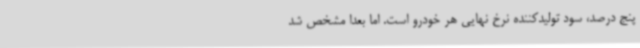
پنج درصد، سود تولیدکننده نرخ نهایی هر خودرو است. اما بعدا مشخص شد